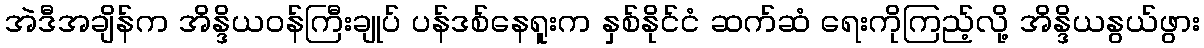
အဲဒီအချိန်က အိန္ဒိယဝန်ကြီးချုပ် ပန်ဒစ်နေရူးက နှစ်နိုင်ငံ ဆက်ဆံ ရေးကိုကြည့်လို့ အိန္ဒိယနွယ်ဖွား